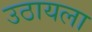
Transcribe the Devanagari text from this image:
उठायला